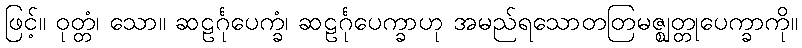
ဖြင့်။ ဝုတ္တံ၊ သော။ ဆဠင်္ဂုပေက္ခံ၊ ဆဠင်္ဂုပေက္ခာဟု အမည်ရသောတတြမဇ္ဈတ္တုပေက္ခာကို။